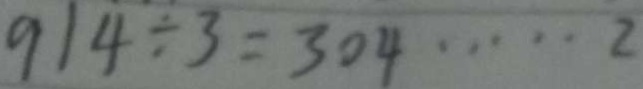
9 1 4 \div 3 = 3 0 4 \cdots 2